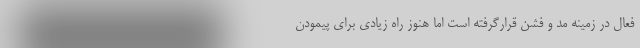
فعال در زمینه مد و فشن قرارگرفته است اما هنوز راه زیادی برای پیمودن